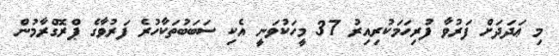
މި ޢަދަދަށް ފަރުވާ ފުރިހަމަކުރިއިރު 37 މީހަކުވަނީ އެކި ސަބަބުތަކާހުރެ ފަރުވާގެ ޕްރޮގްރާމުން